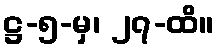
ဋ္ဌ-၅-မှ၊ ၂၇-ထိ။